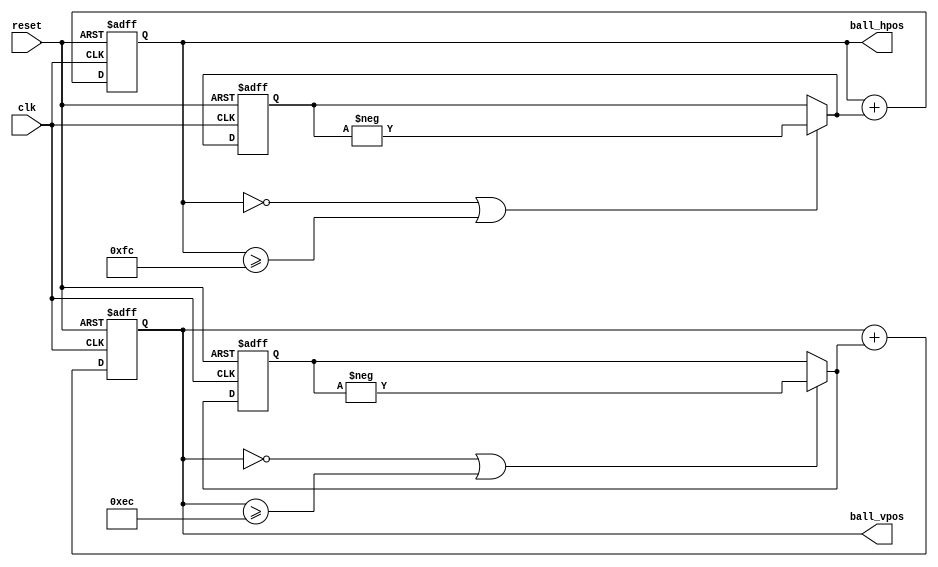
module ball_logic(clk, reset, ball_hpos, ball_vpos);
   input clk, reset;
   output reg [8:0] ball_hpos;
   output reg [8:0] ball_vpos;

   parameter DISPLAY_WIDTH = 256;
   parameter DISPLAY_HEIGHT = 240;
   parameter BALL_SIZE = 4;

   localparam BALL_HORIZ_INITIAL = DISPLAY_WIDTH / 2;
   localparam BALL_VERT_INITIAL = DISPLAY_HEIGHT / 2;

   reg [8:0] 	    ball_horiz_move;
   reg [8:0] 	    ball_vert_move;

   always @(posedge clk or posedge reset) begin
	if (reset) begin
	   ball_hpos <= BALL_HORIZ_INITIAL;
	   ball_vpos <= BALL_VERT_INITIAL;
	   ball_horiz_move <= 2;
	   ball_vert_move <= -2;
	end else begin
	   ball_hpos <= ball_hpos_next;
	   ball_vpos <= ball_vpos_next;
	   ball_horiz_move <= ball_horiz_move_next;
	   ball_vert_move <= ball_vert_move_next;
	end
   end

   wire ball_horiz_collide = (ball_hpos == 0 || ball_hpos >= DISPLAY_WIDTH - BALL_SIZE);
   wire ball_vert_collide = (ball_vpos == 0 || ball_vpos >= DISPLAY_HEIGHT - BALL_SIZE);

   wire [8:0] ball_horiz_move_next = ball_horiz_collide ? -ball_horiz_move : ball_horiz_move;
   wire [8:0] ball_vert_move_next = ball_vert_collide ? -ball_vert_move : ball_vert_move;

   wire [8:0] ball_hpos_next = ball_hpos + ball_horiz_move_next;
   wire [8:0] ball_vpos_next = ball_vpos + ball_vert_move_next;
endmodule